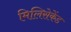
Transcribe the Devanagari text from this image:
मिलिसेकेंड